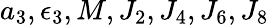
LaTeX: a_{3},\epsilon_{3},M,J_{2},J_{4},J_{6},J_{8}